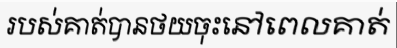
របស់គាត់បានថយចុះនៅពេលគាត់